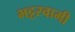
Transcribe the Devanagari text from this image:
भट्टस्वामी